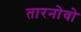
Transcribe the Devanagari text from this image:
तारनोवो